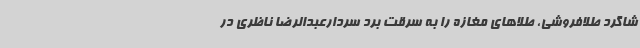
شاگرد طلافروشی، طلاهای مغازه را به سرقت برد سردارعبدالرضا ناظری در